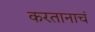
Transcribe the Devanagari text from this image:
करतानाचं